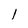
Character: I